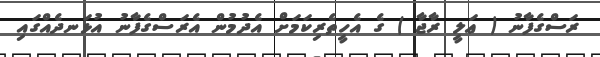
ރަސްގެފާނު ( ޢަލީ ރާޖާ ) ގެ އެހީތެރިކަމަށް އެދުމުން އެރަސްގެފާނު އުޅަނދެއްގައި